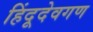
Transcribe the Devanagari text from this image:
हिंदूदेवगण